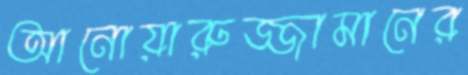
আনোয়ারুজ্জামানের